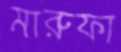
মারুফা